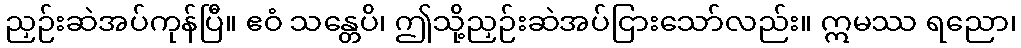
ညှဉ်းဆဲအပ်ကုန်ပြီ။ ဧဝံ သန္တေပိ၊ ဤသို့ညှဉ်းဆဲအပ်ငြားသော်လည်း။ ဣမဿ ရညော၊